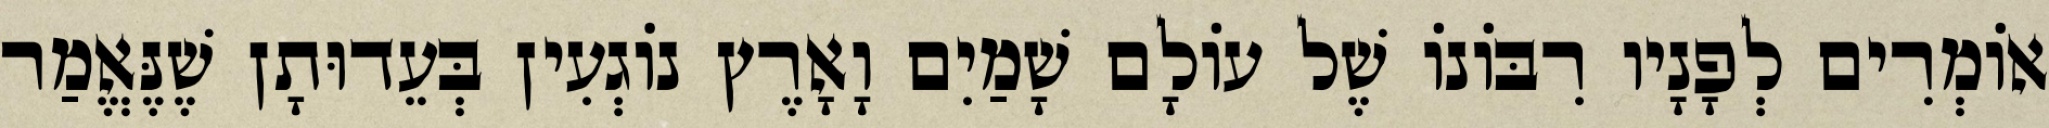
אוֹמְרִים לְפָנָיו רִבּוֹנוֹ שֶׁל עוֹלָם שָׁמַיִם וָאָרֶץ נוֹגְעִין בְּעֵדוּתָן שֶׁנֶּאֱמַר